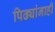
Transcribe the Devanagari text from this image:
पिढ्यांनाही